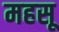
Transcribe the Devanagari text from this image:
महसू